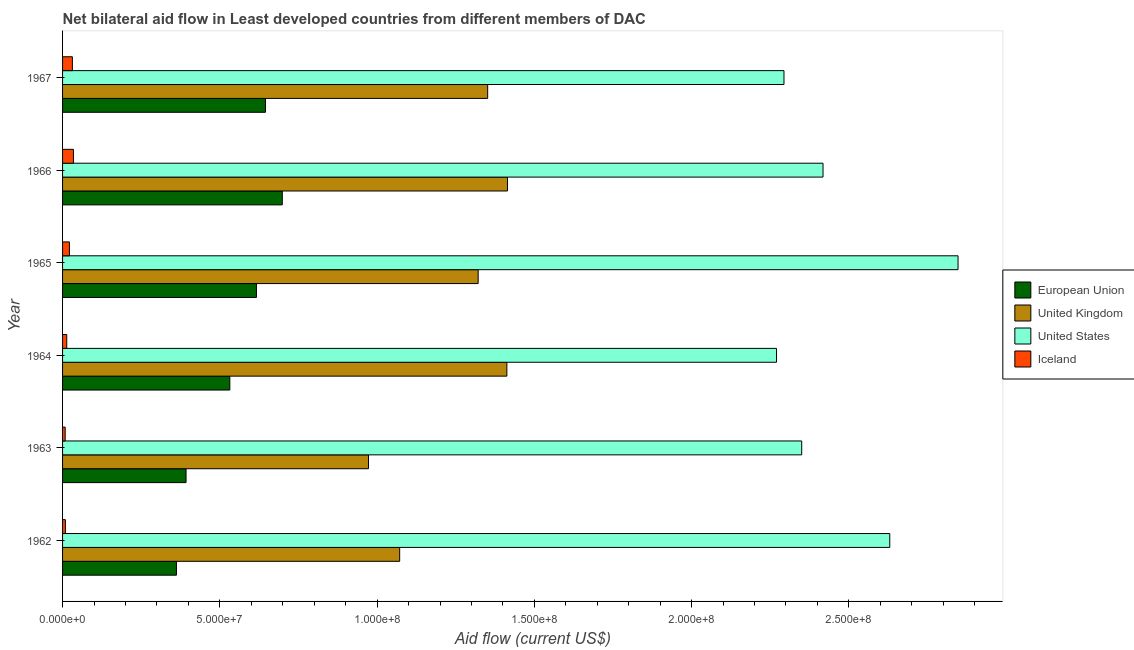
| Year | European Union | United Kingdom | United States | Iceland |
 | --- | --- | --- | --- | --- |
 | 1962 | 3.62e+07 | 1.07e+08 | 2.63e+08 | 9e+05 |
 | 1963 | 3.93e+07 | 9.73e+07 | 2.35e+08 | 8.3e+05 |
 | 1964 | 5.32e+07 | 1.41e+08 | 2.27e+08 | 1.33e+06 |
 | 1965 | 6.16e+07 | 1.32e+08 | 2.85e+08 | 2.18e+06 |
 | 1966 | 6.99e+07 | 1.41e+08 | 2.42e+08 | 3.46e+06 |
 | 1967 | 6.45e+07 | 1.35e+08 | 2.29e+08 | 3.12e+06 |